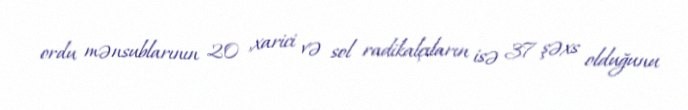
ordu mənsublarının 20 ,xarici və sol radikalçıların isə 37 şəxs olduğunu